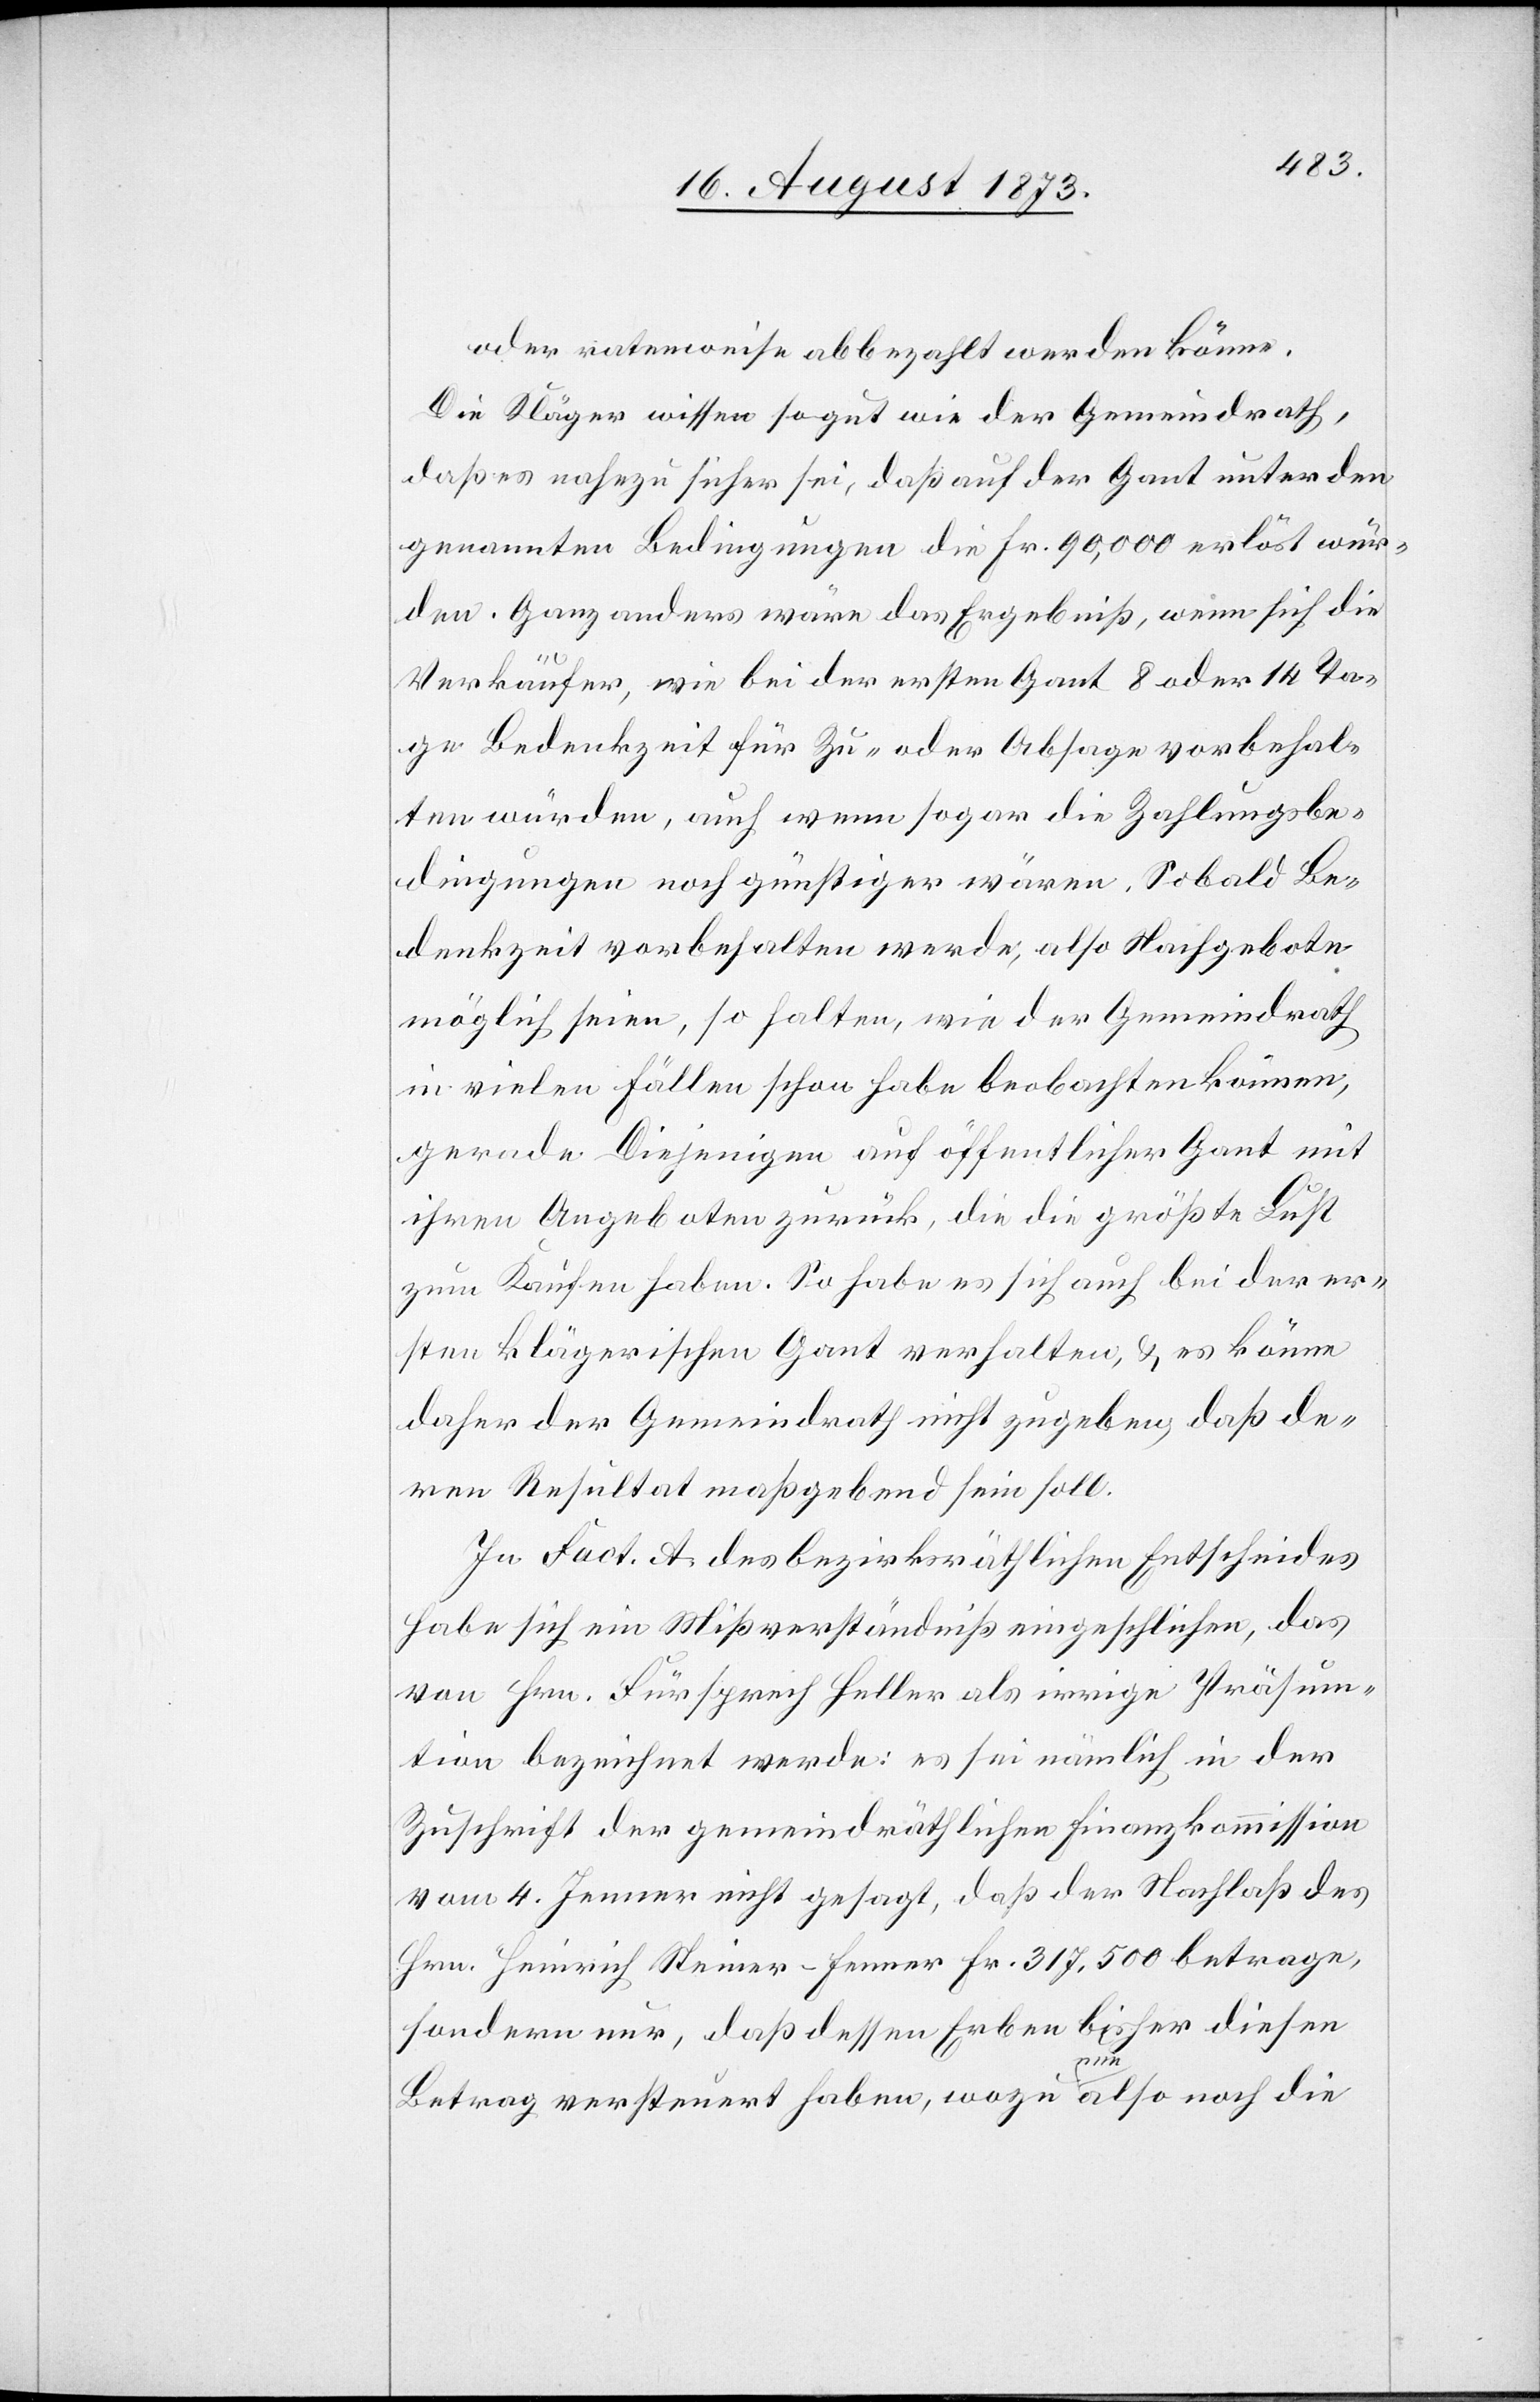
oder ratenweise abbezahlt werden könne.
Die Kläger wissen so gut wie der Gemeindrath,
daß es nahezu sicher sei, daß auf der Gant unter den
genannten Bedingungen die Fr. 90,000 erlöst wür¬
den. Ganz anders wäre das Ergebniß, wenn sich die
Verkäufer, wie bei der ersten Gant 8 oder 14 Ta¬
ge Bedenkzeit für Zu- oder Absage vorbehal¬
ten würden, auch wenn sogar die Zahlungsbe¬
dingungen noch günstiger wären. Sobald Be¬
denkzeit vorbehalten werde, also Nachgebote
möglich seien, so halten, wie der Gemeindrath
in vielen Fällen schon habe beobachten können,
gerade Diejenigen auf öffentlicher Gant mit
ihren Angeboten zurück, die die größte Lust
zum Kaufen haben. So habe es sich auch bei der er¬
sten klägerischen Gant verhalten, & es könne
daher der Gemeindrath nicht zugeben, daß de¬
ren Resultat maßgebend sein soll.
In Fact. A. des bezirksräthlichen Entscheides
habe sich ein Mißverständniß eingeschlichen, das
von Hrn. Fürsprech Heller als irrige Präsum¬
tion bezeichnet werde; es sei nämlich in der
Zuschrift der gemeindräthlichen Finanzkommission
vom 4. Jenner nicht gesagt, daß der Nachlaß des
Hrn. Heinrich Steiner-Fenner Fr. 317,500 betrage,
sondern nur, daß dessen Erben bisher diesen
Betrag versteuert haben, wozu nun also noch die